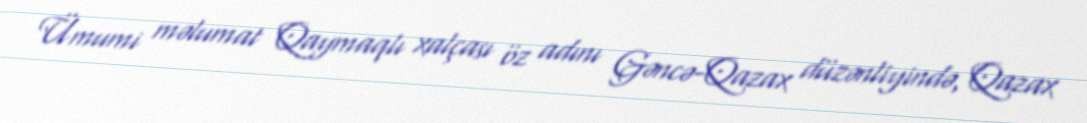
Ümumi məlumat Qaymaqlı xalçası öz adını Gəncə-Qazax düzənliyində, Qazax